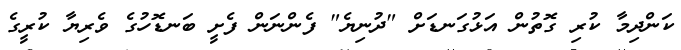
ކަންދިމާ ކުރި ގޮތުން އަޅުގަނޑަށް "ދުނިޔެ" ފެންނަން ފެށީ ބަނޑޮހުގެ ވެރިޔާ ކުރީގެ